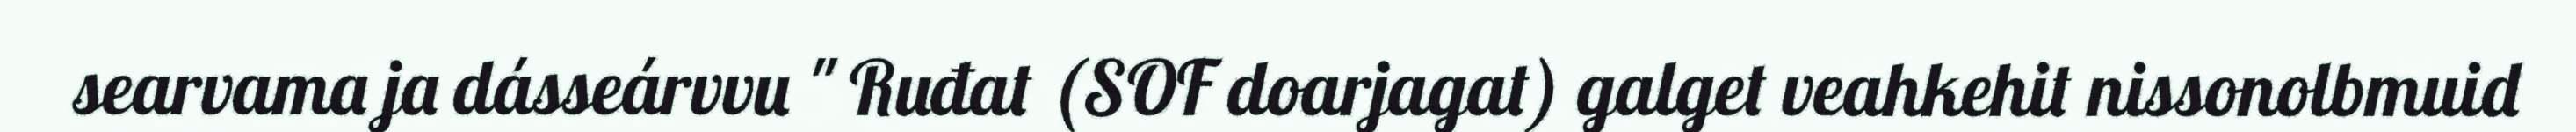
searvama ja dásseárvvu " Ruđat (SOF doarjagat) galget veahkehit nissonolbmuid